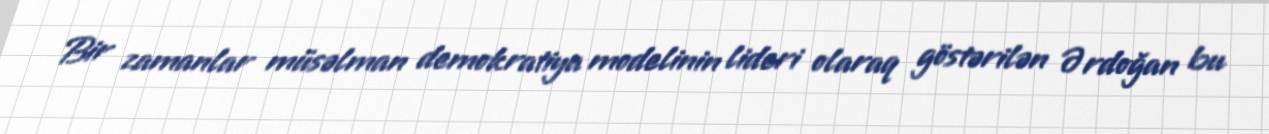
Bir zamanlar müsəlman demokratiya modelinin lideri olaraq göstərilən Ərdoğan bu